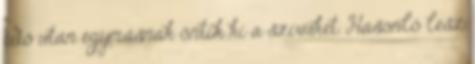
idő után egymásnak öntik ki a szívüket. Hasonló lesz